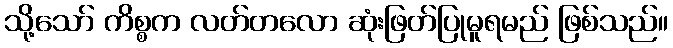
သို့သော် ကိစ္စက လတ်တလော ဆုံးဖြတ်ပြုမူရမည် ဖြစ်သည်။